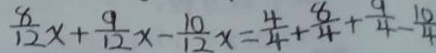
\frac { 8 } { 1 2 } x + \frac { 9 } { 1 2 } x - \frac { 1 0 } { 1 2 } x = \frac { 4 } { 4 } + \frac { 8 } { 4 } + \frac { 9 } { 4 } - \frac { 1 0 } { 4 }